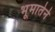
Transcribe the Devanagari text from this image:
भूमातेने